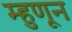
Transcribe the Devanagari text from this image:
म्हुणून